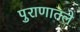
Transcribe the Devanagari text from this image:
पुराणातले